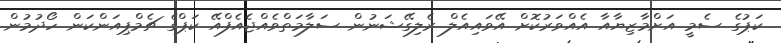
ކަޕުގެ ސެމީ އަށްމާޒިޔާއާ އެއްވަރުކޮށް އޭވައިއެލް ރެލިގޭޝަނުން ސަލާމަތްވެއްޖެއެފްއޭ ކަޕްގެ ޗެމްޕިއަންކަން ހޯދުމުން